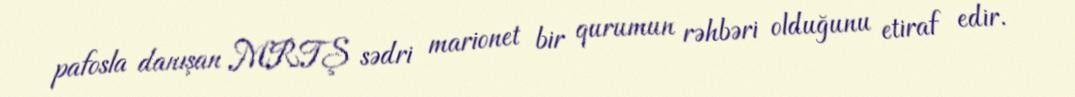
pafosla danışan MRTŞ sədri marionet bir qurumun rəhbəri olduğunu etiraf edir.